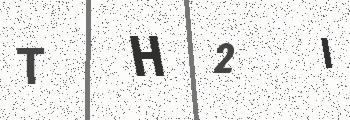
Text: TH2I